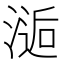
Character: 𰜫